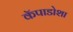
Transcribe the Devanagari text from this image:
कॅपाडोशा